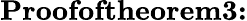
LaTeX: \textbf{Proofoftheorem3:}